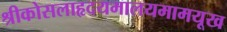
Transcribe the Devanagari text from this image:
श्रीकोसलाहृदयमालयमामयूख